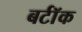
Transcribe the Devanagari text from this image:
बर्टॉक